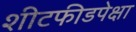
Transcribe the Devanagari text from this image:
शीटफीडपेक्षा